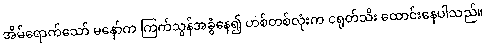
အိမ်ရောက်သော် မနော်က ကြက်သွန်အခွံနေ၍ ဟစ်တစ်လုံးက ငရုတ်သီး ထောင်းနေပါသည်။